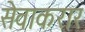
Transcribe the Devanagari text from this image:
सेवाकरार